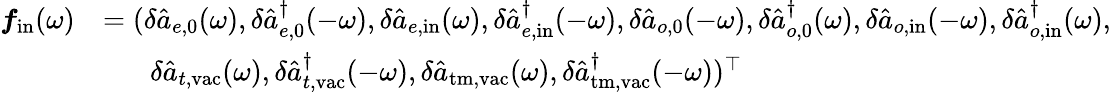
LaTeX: \begin{array}{rl}{\boldsymbol{f}_{\mathrm{in}}(\omega)}&{=(\delta\hat{a}_{e,\mathrm{0}}(\omega),\delta\hat{a}_{e,\mathrm{0}}^{\dagger}(-\omega),\delta\hat{a}_{e,\mathrm{in}}(\omega),\delta\hat{a}_{e,\mathrm{in}}^{\dagger}(-\omega),\delta\hat{a}_{o,\mathrm{0}}(-\omega),\delta\hat{a}_{o,\mathrm{0}}^{\dagger}(\omega),\delta\hat{a}_{o,\mathrm{in}}(-\omega),\delta\hat{a}_{o,\mathrm{in}}^{\dagger}(\omega),}\\ &{\; \; \; \; \; \; \delta\hat{a}_{t,\mathrm{vac}}(\omega),\delta\hat{a}_{t,\mathrm{vac}}^{\dagger}(-\omega),\delta\hat{a}_{\mathrm{tm,vac}}(\omega),\delta\hat{a}_{\mathrm{tm,vac}}^{\dagger}(-\omega))^{\top}}\end{array}